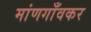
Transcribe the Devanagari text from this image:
मांणगाँवकर